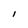
Character: l